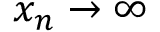
x _ { n } \to \infty